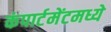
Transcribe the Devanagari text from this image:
कंपार्टमेंटमध्ये